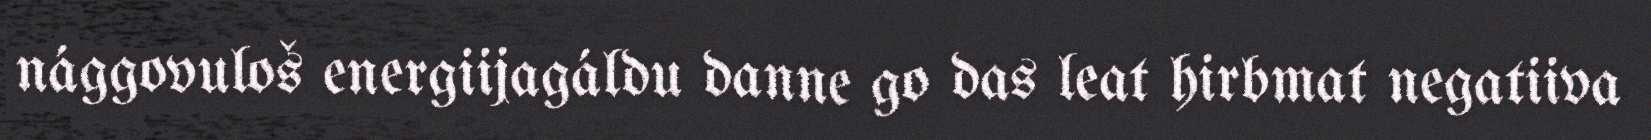
nággovuloš energiijagáldu danne go das leat hirbmat negatiiva